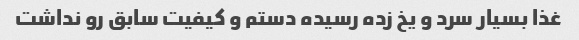
غذا بسیار سرد و یخ زده رسیده دستم و کیفیت سابق رو نداشت